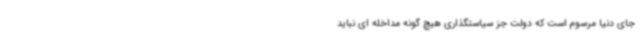
جای دنیا مرسوم است که دولت جز سیاستگذاری هیچ گونه مداخله ای نباید